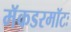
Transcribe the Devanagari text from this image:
मॅकडरमॉटः